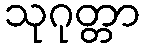
သုဂုတ္တာ